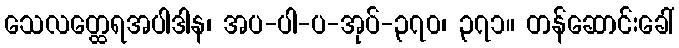
သေလတ္ထေရအပါဒါန၊ အပ-ပါ-ပ-အုပ်-၃၇၀၊ ၃၇၁။ တန်ဆောင်းခေါ်